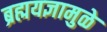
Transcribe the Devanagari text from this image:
ब्रह्मयज्ञामुळे